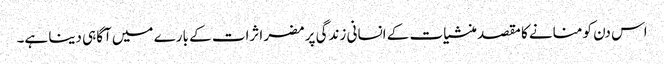
اس دن کو منانے کا مقصد منشیات کے انسانی زندگی پر مضر اثرات کے بارے میں آگاہی دینا ہے۔